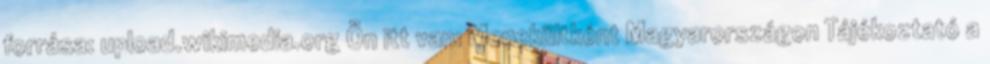
forrása: upload.wikimedia.org Ön itt van: Menekültként Magyarországon Tájékoztató a